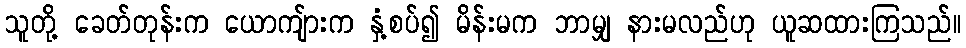
သူတို့ ခေတ်တုန်းက ယောကျ်ားက နှံ့စပ်၍ မိန်းမက ဘာမျှ နားမလည်ဟု ယူဆထားကြသည်။